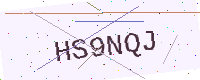
Text: HS9NQJ